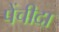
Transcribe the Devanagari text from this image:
पेंचीदा